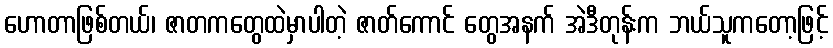
ဟောတာဖြစ်တယ်၊ ဇာတကတွေထဲမှာပါတဲ့ ဇာတ်ကောင် တွေအနက် အဲဒီတုန်းက ဘယ်သူကတော့ဖြင့်